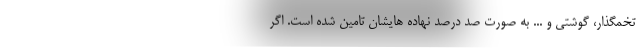
تخمگذار، گوشتی و ... به صورت صد درصد نهاده هایشان تامین شده است. اگر